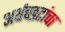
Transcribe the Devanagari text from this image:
अर्थच्‍छटांचा